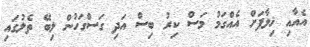
އެއާއި ޚިލާފަށް އެއްގަމު މަސް ކިރު ބިސް އަދި ގަސްގަހުން ލިބޭ ތެލުގައި